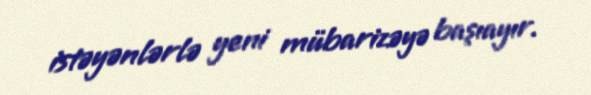
istəyənlərlə yeni mübarizəyə başıayır.